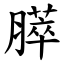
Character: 膵